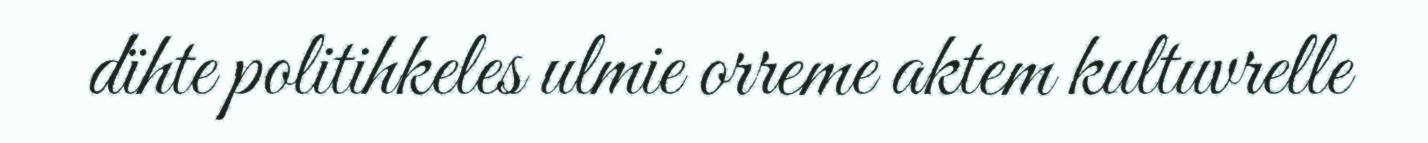
dïhte politihkeles ulmie orreme aktem kultuvrelle